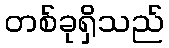
တစ်ခုရှိသည်